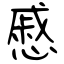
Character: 慼